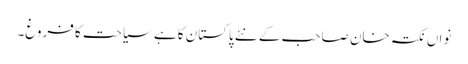
نواں نکتہ خان صاحب کے نئے پاکستان کا ہے سیاحت کا فروغ۔